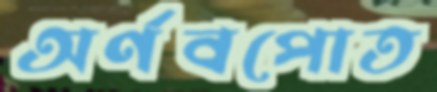
অর্ণবপোত